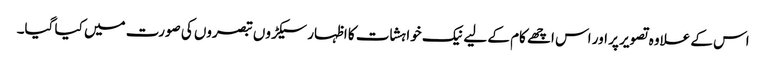
اس کے علاوہ تصویر پر اور اس اچھے کام کے لیے نیک خواہشات کا اظہار سیکڑوں تبصروں کی صورت میں کیا گیا۔